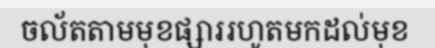
ចល័តតាមមុខផ្សាររហូតមកដល់មុខ